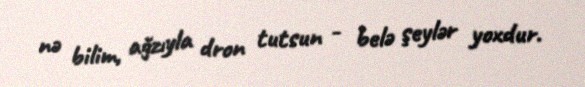
nə bilim, ağzıyla dron tutsun - belə şeylər yoxdur.